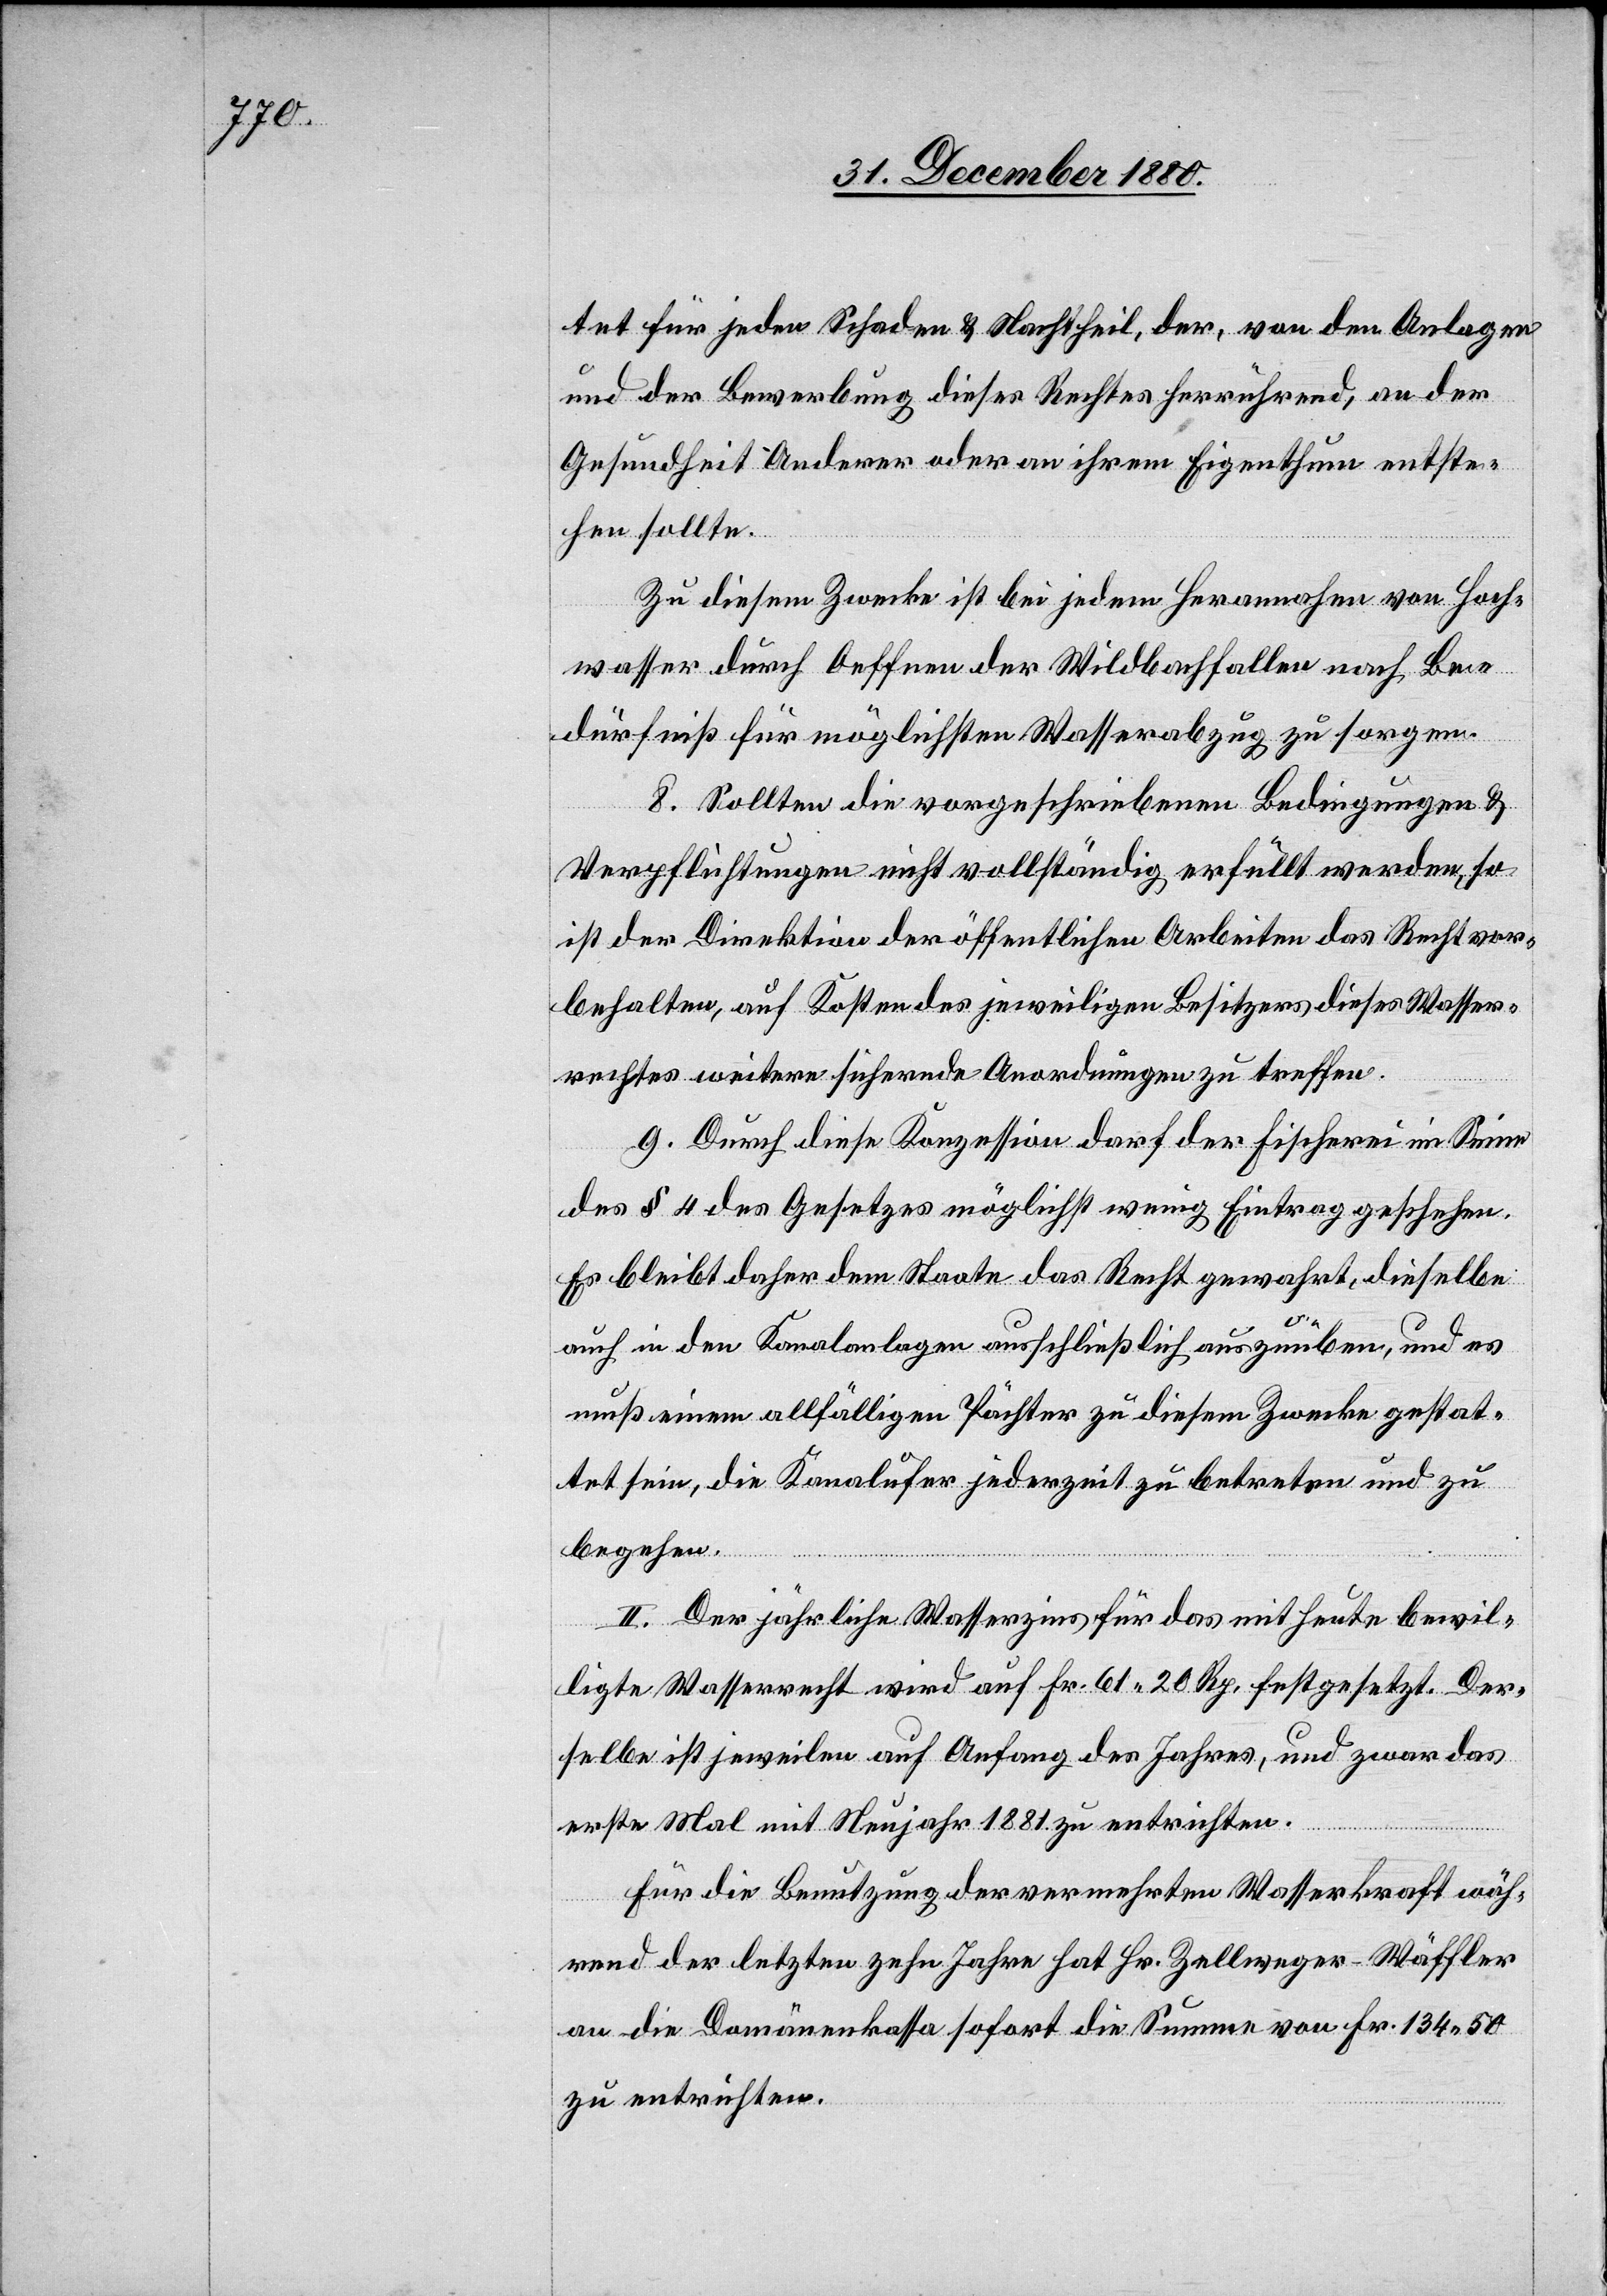
tet für jeden Schaden & Nachtheil, der, von den Anlagen
und der Bewerbung dieses Rechtes herrührend, an der
Gesundheit Anderer oder an ihrem Eigenthum entste¬
hen sollte.
Zu diesem Zwecke ist bei jedem Herannahen von Hoch¬
wasser durch Oeffnen der Wildbachfallen nach Be¬
dürfniß für möglichsten Wasserabzug zu sorgen.
8. Sollten die vorgeschriebenen Bedingungen &
Verpflichtungen nicht vollständig erfüllt werden, so
ist der Direktion der öffentlichen Arbeiten das Recht vor¬
behalten, auf Kosten des jeweiligen Besitzers dieses Wasser¬
rechtes weitere sichernde Anordnungen zu treffen.
9. Durch diese Konzession darf der Fischerei im Sinne
des § 4 des Gesetzes möglichst wenig Eintrag geschehen.
Es bleibt daher dem Staate das Recht gewahrt, dieselbe
auch in den Kanalanlagen ausschließlich auszuüben, und es
muß einem allfälligen Pächter zu diesem Zwecke gestat¬
tet sein, die Kanalufer jederzeit zu betreten und zu
begehen.
II. Der jährliche Wasserzins für das mit heute bewil¬
ligte Wasserrecht wird auf Fr. 61 20 Rp. festgesetzt. Der¬
selbe ist jeweilen auf Anfang des Jahres, und zwar das
erste Mal mit Neujahr 1881 zu entrichten.
Für die Benutzung der vermehrten Wasserkraft wäh¬
rend der letzten zehn Jahre hat Hr. Zellweger-Wäffler
an die Domänenkassa sofort die Summe von Fr. 134 50
zu entrichten.